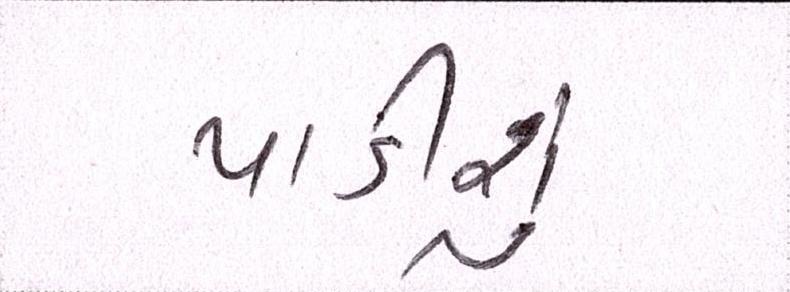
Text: પાડીશું